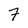
Character: 7